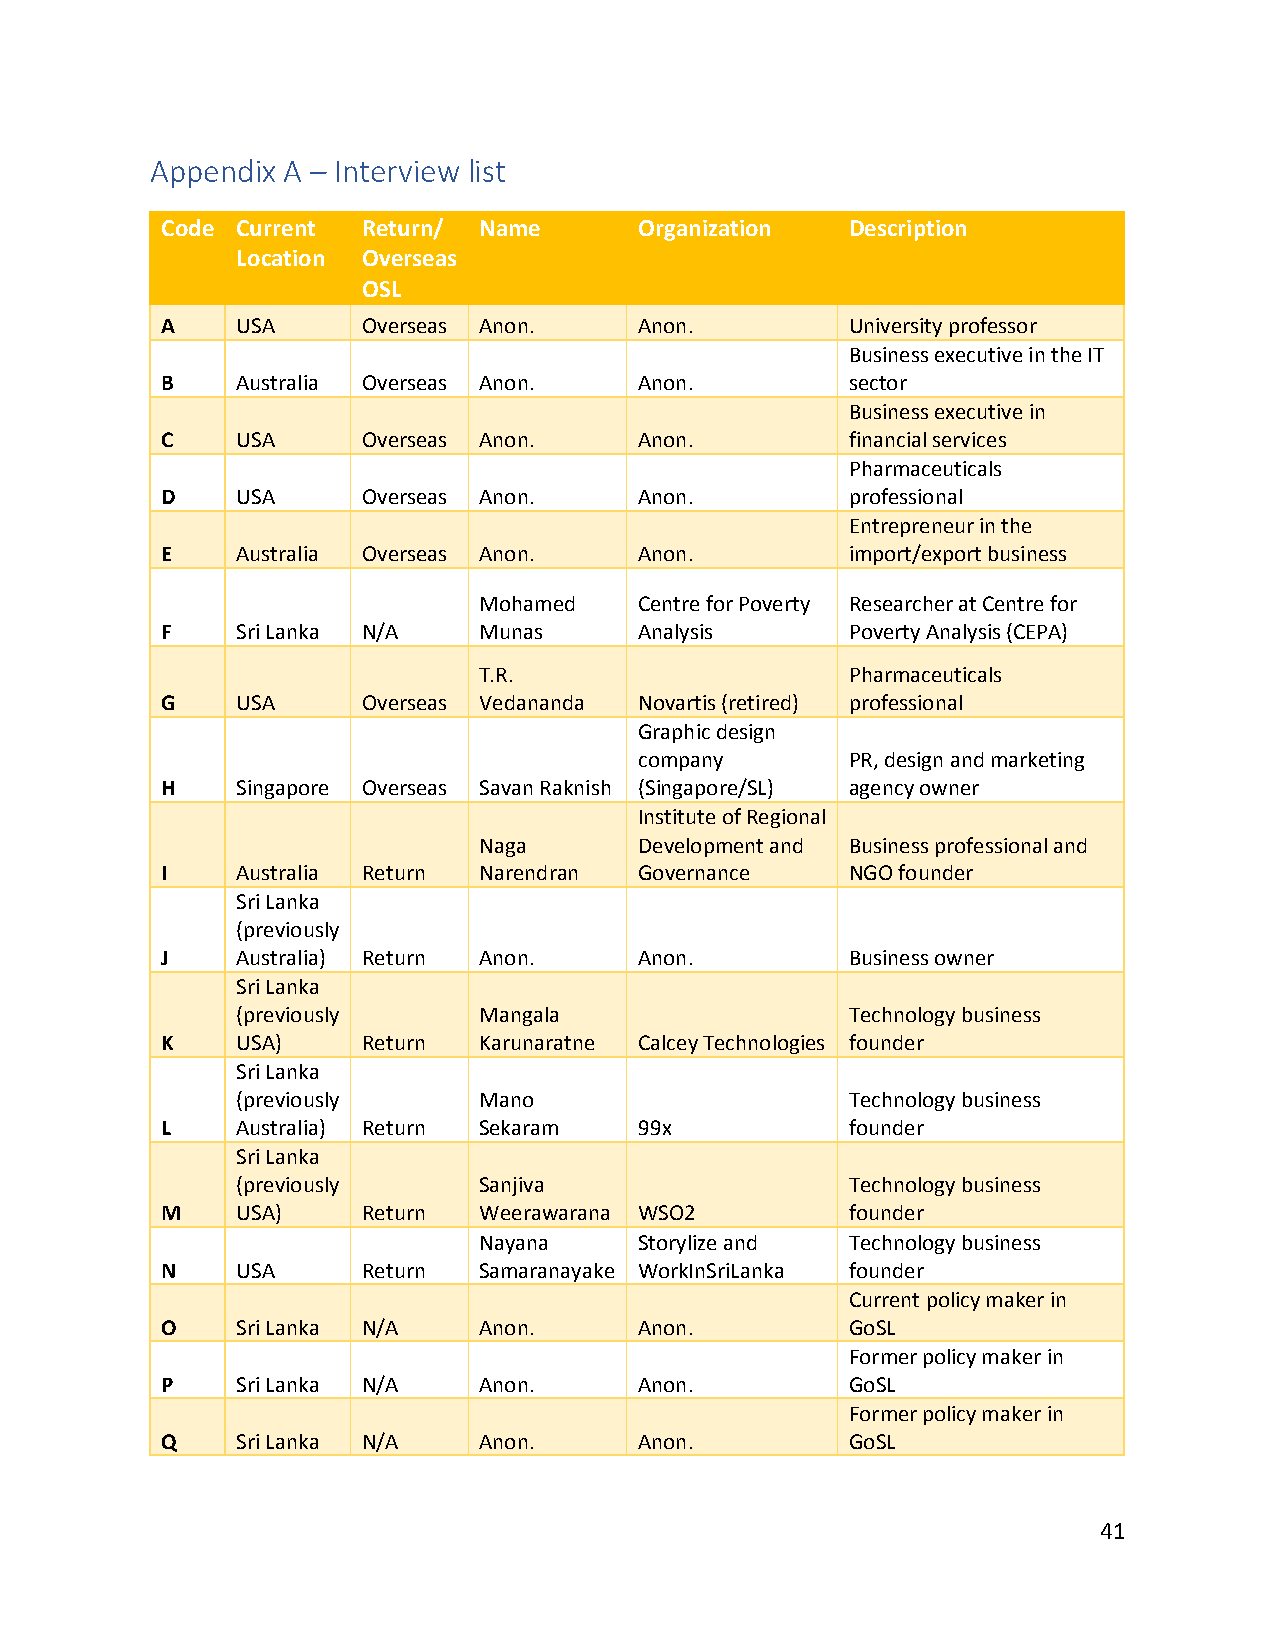
Appendix A – Interview list
 Code Current Return/ Name      Organization  Description
 Location Overseas
 OSL
 A    USA     Overseas Anon.    Anon.         University professor
 Business executive in the IT
 B    Australia Overseas Anon.  Anon.         sector
 Business executive in
 C    USA     Overseas Anon.    Anon.         financial services
 Pharmaceuticals
 D    USA     Overseas Anon.    Anon.         professional
 Entrepreneur in the
 E    Australia Overseas Anon.  Anon.         import/export business
 Mohamed   Centre for Poverty Researcher at Centre for
 F    Sri Lanka N/A   Munas     Analysis      Poverty Analysis (CEPA)
 T.R.                    Pharmaceuticals
 G    USA     Overseas Vedananda Novartis (retired) professional
 Graphic design
 company       PR, design and marketing
 H    Singapore Overseas Savan Raknish (Singapore/SL) agency owner
 Institute of Regional
 Naga      Development and Business professional and
 I    Australia Return Narendran Governance   NGO founder
 Sri Lanka
 (previously
 J    Australia) Return Anon.   Anon.         Business owner
 Sri Lanka
 (previously     Mangala                 Technology business
 K    USA)    Return  Karunaratne Calcey Technologies founder
 Sri Lanka
 (previously     Mano                    Technology business
 L    Australia) Return Sekaram 99x           founder
 Sri Lanka
 (previously     Sanjiva                 Technology business
 M    USA)    Return  Weerawarana WSO2        founder
 Nayana    Storylize and Technology business
 N    USA     Return  Samaranayake WorkInSriLanka founder
 Current policy maker in
 O    Sri Lanka N/A   Anon.     Anon.         GoSL
 Former policy maker in
 P    Sri Lanka N/A   Anon.     Anon.         GoSL
 Former policy maker in
 Q    Sri Lanka N/A   Anon.     Anon.         GoSL
 41